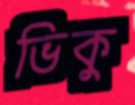
ভিকু